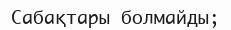
Сабақтары болмайды;